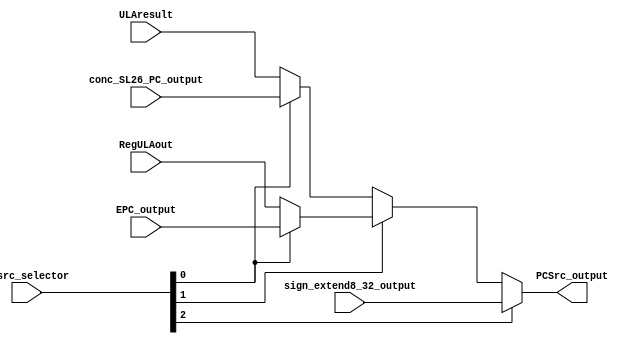
module pcsrc(
    input wire [2:0] pcsrc_selector,

    input wire [31:0] ULAresult,                            // - 000
    input wire [31:0] conc_SL26_PC_output,                  // - 001
    input wire [31:0] RegULAout,                            // - 010
    input wire [31:0] EPC_output,                           // - 011
    input wire [31:0] sign_extend8_32_output,               // - 100

    output wire [31:0] PCSrc_output
);

    assign PCSrc_output = pcsrc_selector[2] ? sign_extend8_32_output : (pcsrc_selector[1] ? (pcsrc_selector[0] ? EPC_output : RegULAout) : (pcsrc_selector[0] ? conc_SL26_PC_output : ULAresult));

endmodule